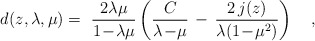
\begin{align*}d(z,\lambda,\mu) =~{2\lambda\mu \over 1\!-\!\lambda\mu} \left( {C \over \lambda\!-\!\mu} \, - \, {2 \, j(z) \over \lambda (1\!-\!\mu^2)} \right)~~~, \end{align*}